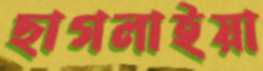
ছাগলাইয়া